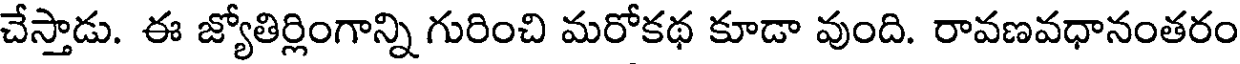
చేస్తాడు. ఈ జ్యోతిర్లింగాన్ని గురించి మరోకథ కూడా వుంది. రావణవధానంతరం